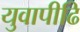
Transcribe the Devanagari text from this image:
युवापीढि